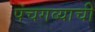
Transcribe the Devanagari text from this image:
पंचगव्याची